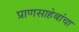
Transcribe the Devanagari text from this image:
प्राणसाहेबांचा